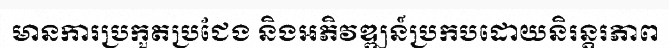
មានការប្រកួតប្រជែង និងអភិវឌ្ឍន៍ប្រកបដោយនិរន្តរភាព